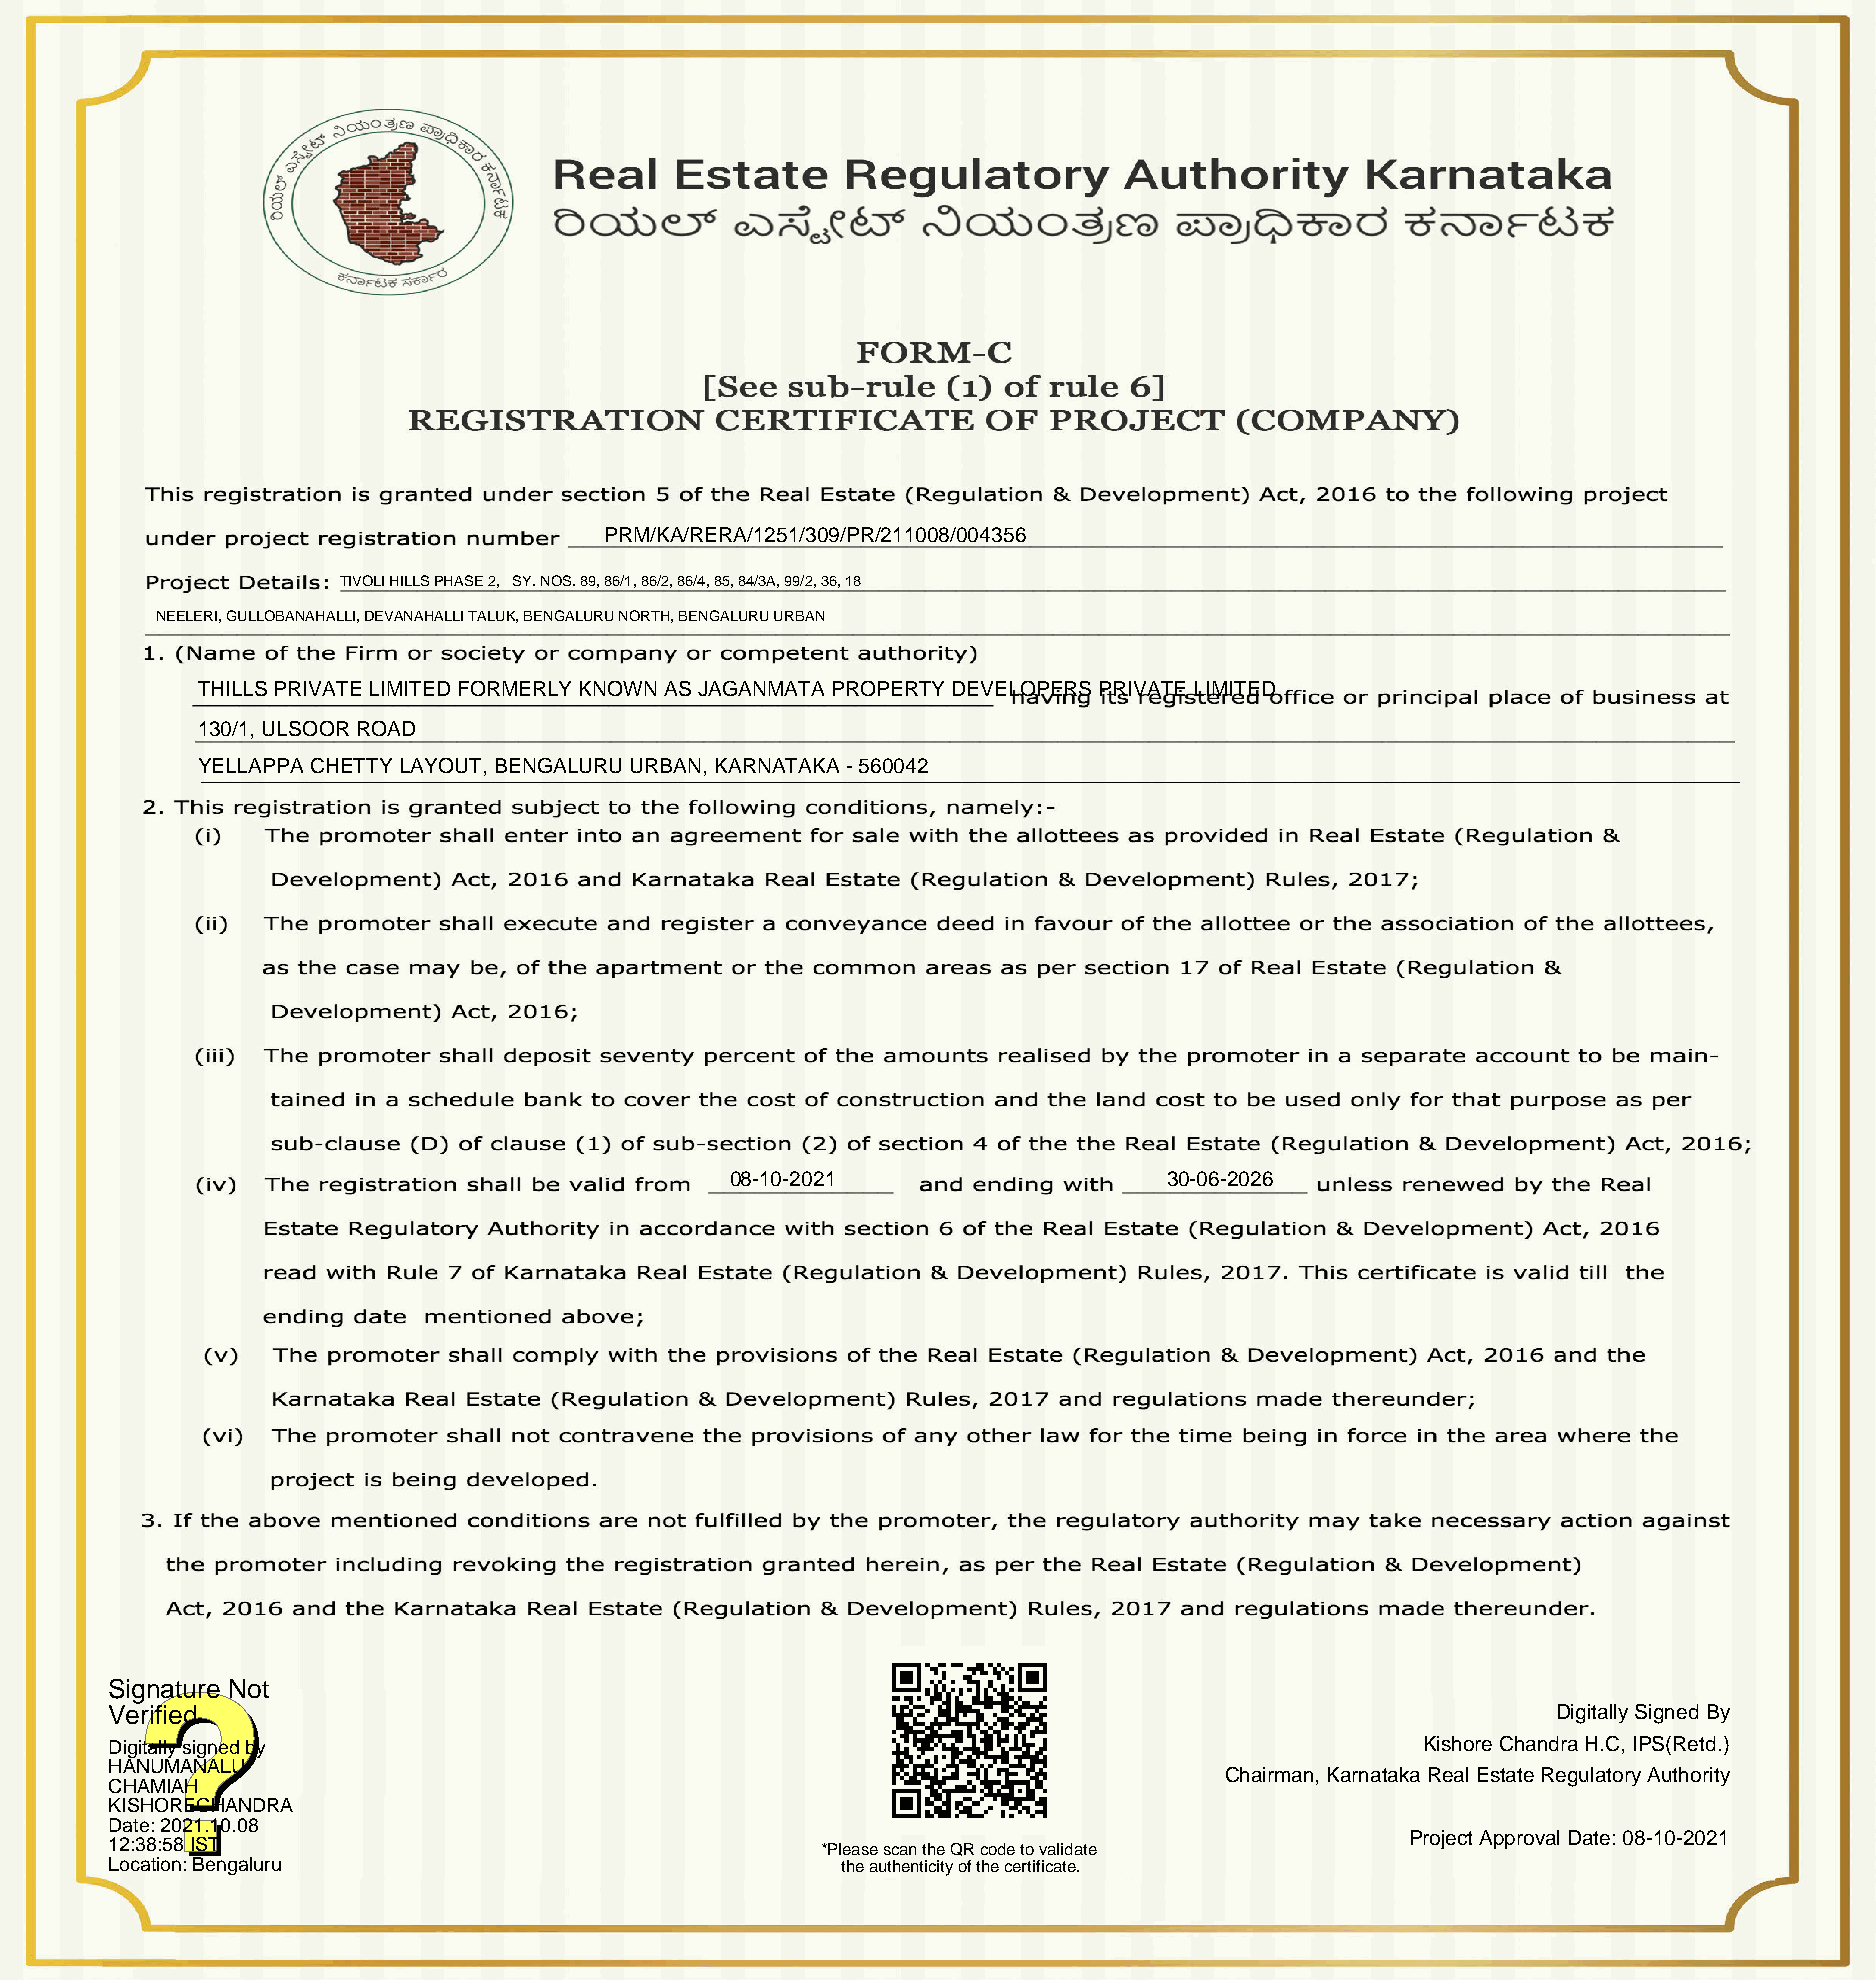
PRM/KA/RERA/1251/309/PR/211008/004356
 TIVOLI HILLS PHASE 2, SY. NOS. 89, 86/1, 86/2, 86/4, 85, 84/3A, 99/2, 36, 18
 NEELERI, GULLOBANAHALLI, DEVANAHALLI TALUK, BENGALURU NORTH, BENGALURU URBAN
 THILLS PRIVATE LIMITED FORMERLY KNOWN AS JAGANMATA PROPERTY DEVELOPERS PRIVATE LIMITED
 130/1, ULSOOR ROAD
 YELLAPPA CHETTY LAYOUT, BENGALURU URBAN, KARNATAKA - 560042
 08-10-2021                   30-06-2026
 Signature Not
 Verified                                                                                        Digitally Signed By
 Digitally signed by                                                                    Kishore Chandra H.C, IPS(Retd.)
 HANUMANALU
 Chairman, Karnataka Real Estate Regulatory Authority
 CHAMIAH
 KISHORECHANDRA
 Date: 2021.10.08
 Project Approval Date: 08-10-2021
 12:38:58 IST                                   *Please scan the QR code to validate
 Location: Bengaluru                              the authenticity of the certificate.